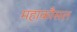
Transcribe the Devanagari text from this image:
महाकौसल